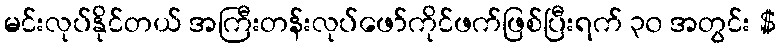
မင်းလုပ်နိုင်တယ် အကြီးတန်းလုပ်ဖော်ကိုင်ဖက်ဖြစ်ပြီးရက် ၃၀ အတွင်း $